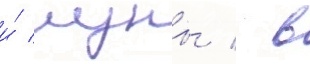
и́ луны / в